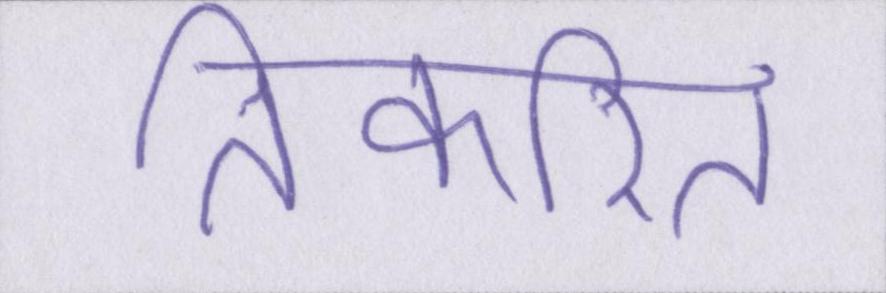
तिकरित